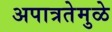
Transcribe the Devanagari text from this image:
अपात्रतेमुळे